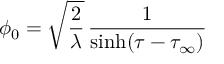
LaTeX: \phi _ { 0 } = \sqrt { \frac { 2 } { \lambda } } \, { \frac { 1 } { \sinh ( \tau - \tau _ { \infty } ) } }